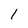
Character: 1